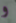
و